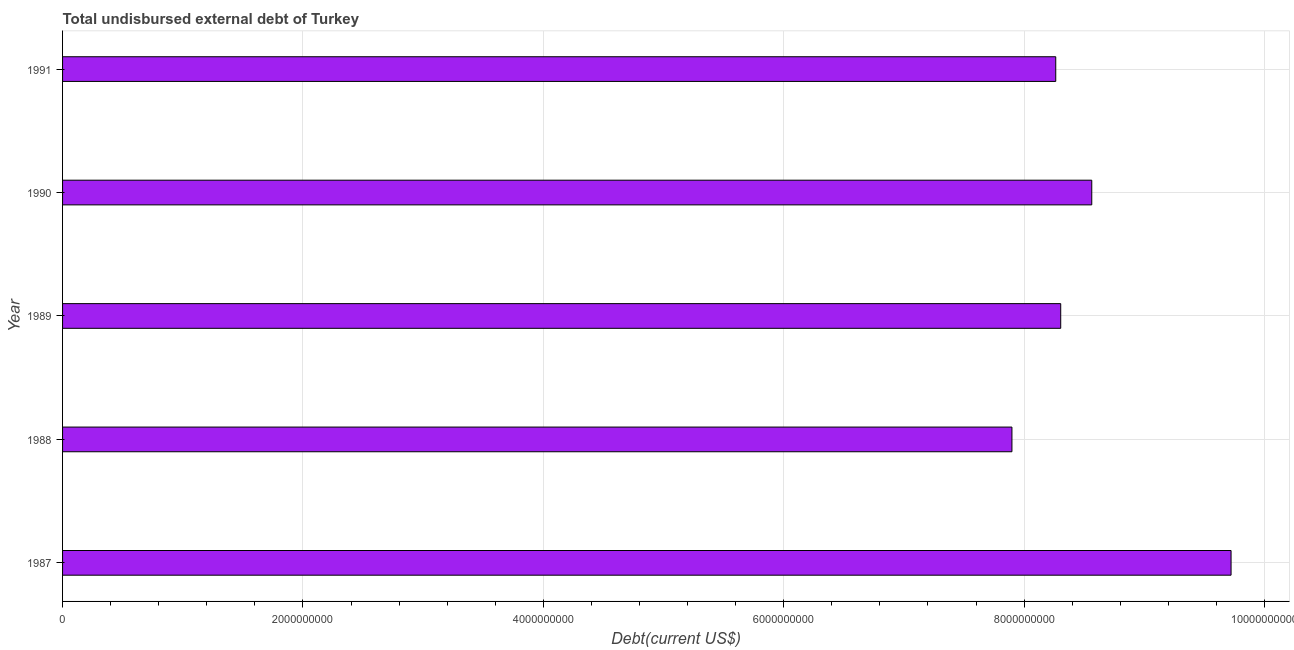
| Year | Total debt |
 | --- | --- |
 | 1987 | 9.72e+09 |
 | 1988 | 7.9e+09 |
 | 1989 | 8.3e+09 |
 | 1990 | 8.56e+09 |
 | 1991 | 8.26e+09 |